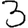
Digit: 3